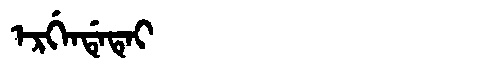
Manchu: ᡝᡵᡤᡝᠨᡩᡝᡨᡝᡳ
Romanization: ERGENDETEI